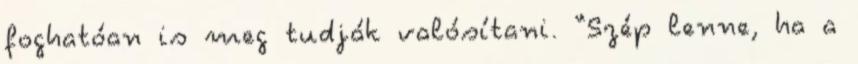
foghatóan is meg tudják valósítani. “Szép lenne, ha a